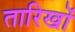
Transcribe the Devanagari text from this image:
तारिखों